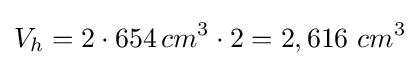
V_{h}=2\cdot 654\,cm^{3}\cdot 2=2,616\ cm^{3}